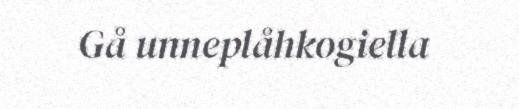
Gå unneplåhkogiella